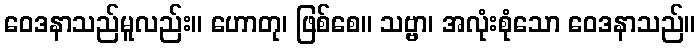
ဝေဒနာသည်မူလည်း။ ဟောတု၊ ဖြစ်စေ။ သဗ္ဗာ၊ အလုံးစုံသော ဝေဒနာသည်။